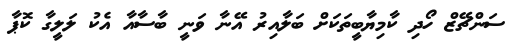
ސަންޗޭޒް ހޯދި ކާމިޔާބީތަކަށް ބަލާއިރު އޭނާ ވަނީ ބާސާއާ އެކު ލަލީގާ ކޮޕާ